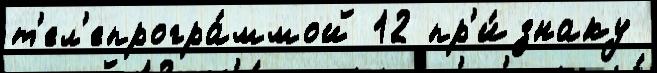
т'ел'епрогра́ммой 12 пр'и́знаку